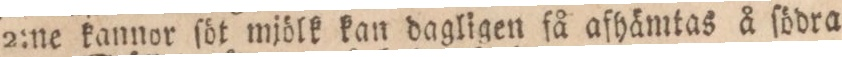
2:ne kannor ſöt mjölk kan dagligen få afhämtas å ſödra